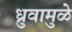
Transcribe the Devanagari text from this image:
ध्रुवामुळे